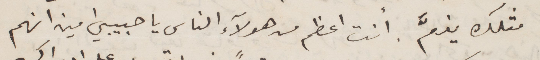
مثلك يذمّ. انت اعظم من هؤلاء الناس يا حبيبي امين انهم